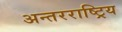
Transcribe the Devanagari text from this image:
अन्तरराष्ट्रिय